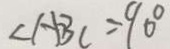
\angle A B C = 9 0 ^ { \circ }